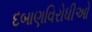
દબાણવિરોધીઓ